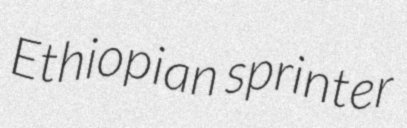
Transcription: Ethiopian sprinter